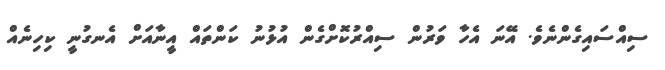
ސިއްސައިގެންނެވެ. އޭނަ އެހާ ވަރުން ސިއްރުކޮށްގެން އުޅުނު ކަންތައް އީނާއަށް އެނގުނީ ކިހިނެއް